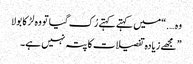
وہ ….“میں کہتے کہتے رُک گیا تو وہ لڑکا بولا
” مجھے زیادہ تفصیلات کا پتہ نہیں ہے۔